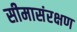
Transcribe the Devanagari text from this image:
सीमासंरक्षण